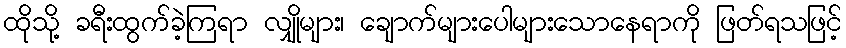
ထိုသို့ ခရီးထွက်ခဲ့ကြရာ လျှိုများ၊ ချောက်များပေါများသောနေရာကို ဖြတ်ရသဖြင့်